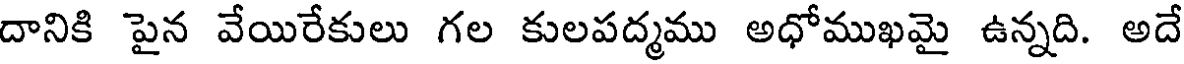
దానికి పైన వేయిరేకులు గల కులపద్మము అధోముఖమై ఉన్నది. అదే